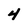
Character: 4